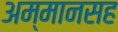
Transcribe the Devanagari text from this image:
अम्मानसह